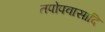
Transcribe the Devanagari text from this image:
तपोपवासादि